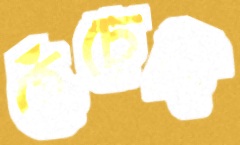
হেঁচেছি